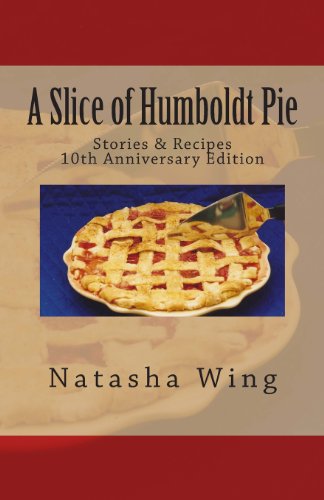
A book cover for A Slice of Humboldt Pie: 10th Anniversary Edition; Natasha Wing; Cookbooks, Food & Wine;